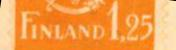
Finland 1,25